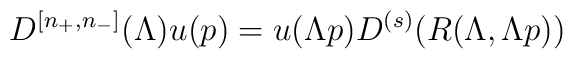
D^{\left[ n_{+},n_{-}\right] }(\Lambda )u(p)=u(\Lambda p)D^{(s)}(R(\Lambda,\Lambda p))